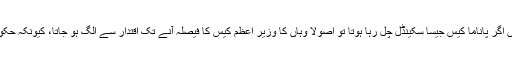
ان کا کہنا تھا کہ دنیا کے کسی اور ملک میں اگر پاناما کیس جیسا سکینڈل چل رہا ہوتا تو اصولاً وہاں کا وزیرِ اعظم کیس کا فیصلہ آنے تک اقتدار سے الگ ہو جاتا، کیونکہ حکومت اور کیس ایک ساتھ نہیں چلایا جا سکتا۔